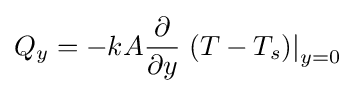
Q_{y}=-kA{\frac {\partial }{\partial y}}\left.\left(T-T_{s}\right)\right|_{y=0}